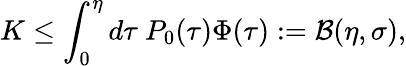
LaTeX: K\leq\int_{0}^{\eta}d\tau~P_{0}(\tau)\Phi(\tau):=\mathcal{B}(\eta,\sigma),